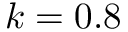
k = 0 . 8